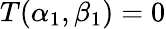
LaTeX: T(\alpha_{1},\beta_{1})=0